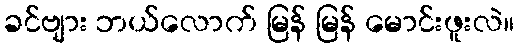
ခင်ဗျား ဘယ်လောက် မြန် မြန် မောင်းဖူးလဲ။